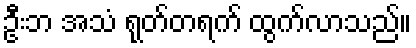
ဦးဘ အသံ ရုတ်တရက် ထွက်လာသည်။